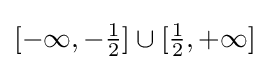
{\textstyle [-\infty ,-{\frac {1}{2}}]\cup [{\frac {1}{2}},+\infty ]}